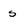
Character: s